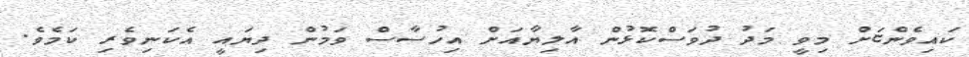
ކައިވެންޏަށް މިވީ މަދު ދުވަސްކޮޅުން އާލިޔާއަށް އިހުސާސް ވަމުން ދިޔައީ އެކަނިވެރި ކަމެވެ.